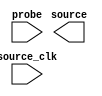

module ISSP (
	source,
	probe,
	source_clk);	

	output	[1:0]	source;
	input	[6:0]	probe;
	input		source_clk;
endmodule